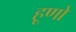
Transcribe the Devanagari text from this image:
हूणो